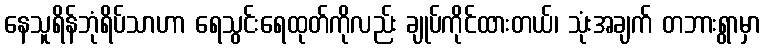
နေသူရိန်ဘုံရိပ်သာဟာ ရေသွင်းရေထုတ်ကိုလည်း ချုပ်ကိုင်ထားတယ်၊ သုံးအချက် တဘားရွာမှာ